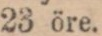
23 öre.